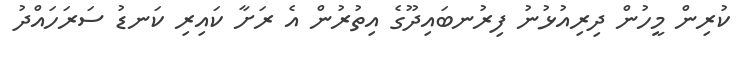
ކުރިން މީހުން ދިރިއުޅުނު ފިރުނބައިދޫގެ އިތުރުން އެ ރަށާ ކައިރި ކަނޑު ސަރަހައްދު